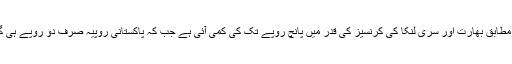
ان کے مطابق بھارت اور سری لنکا کی کرنسیز کی قدر میں پانچ روپے تک کی کمی آئی ہے جب کہ پاکستانی روپیہ صرف دو روپے ہی گرا ہے۔